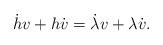
LaTeX: \begin{align*} \dot{h}v + h \dot{v} = \dot{\lambda} v + \lambda \dot{v}.\end{align*}